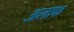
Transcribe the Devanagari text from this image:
अलाफ